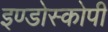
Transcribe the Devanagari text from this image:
इण्डोस्कोपी